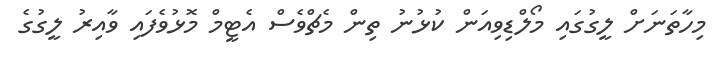
މިހާތަނަށް ލީގުގައި މޯލްޑިވިއަން ކުޅުނު ތިން މެޗްވެސް އެޓީމް މޮޅުވެފައި ވާއިރު ލީގުގެ